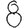
Digit: 8